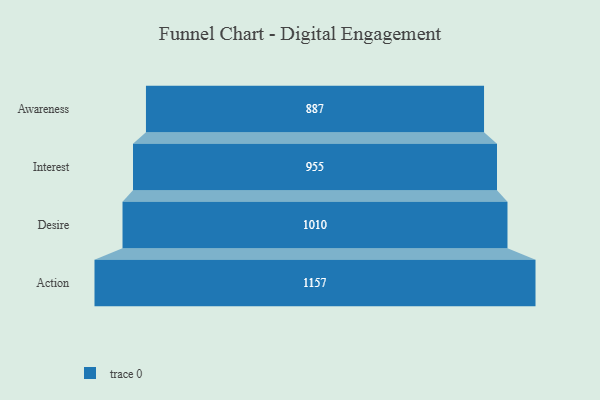
{"axis": {"x": "Stage", "y": "Value"}, "legend": [""], "data": [{"x": "Awareness", "y": 887.0, "type": ""}, {"x": "Interest", "y": 955.0, "type": ""}, {"x": "Desire", "y": 1010.0, "type": ""}, {"x": "Action", "y": 1157.0, "type": ""}]}